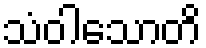
သံဝါသောတိ